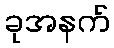
ခုအနက်